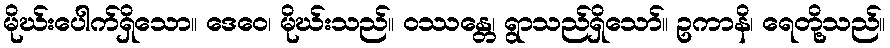
မိုဃ်းပေါက်ရှိသော။ ဒေဝေ၊ မိုဃ်းသည်။ ဝဿန္တေ၊ ရွာသည်ရှိသော်။ ဥကာနိ၊ ရေတို့သည်။